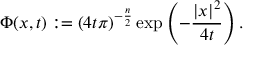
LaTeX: \Phi ( x , t ) : = ( 4 t \pi ) ^ { - { \frac { n } { 2 } } } \exp \left( - { \frac { | x | ^ { 2 } } { 4 t } } \right) .